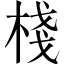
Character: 棧